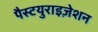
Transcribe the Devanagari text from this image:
पैस्टयुराइज़ेशन